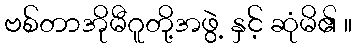
ဗစ်တာအိုမီဂူတို့အဖွဲ့ နှင့် ဆုံမိ၏ ။